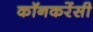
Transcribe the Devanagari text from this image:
कॉनकरेंसी